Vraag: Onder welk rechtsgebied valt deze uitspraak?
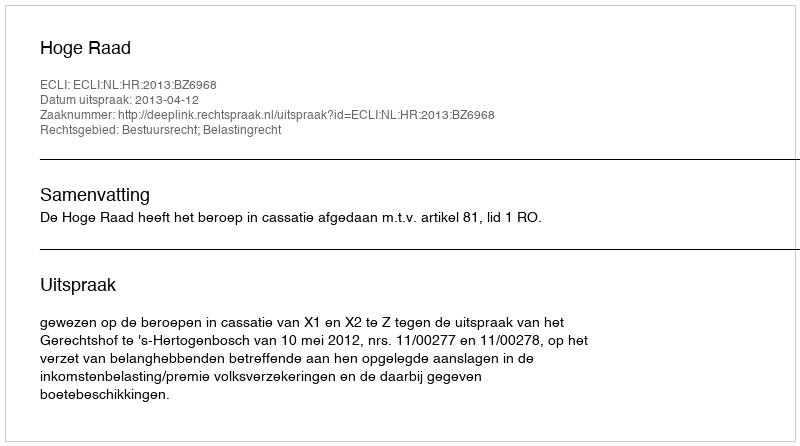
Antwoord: Bestuursrecht; Belastingrecht